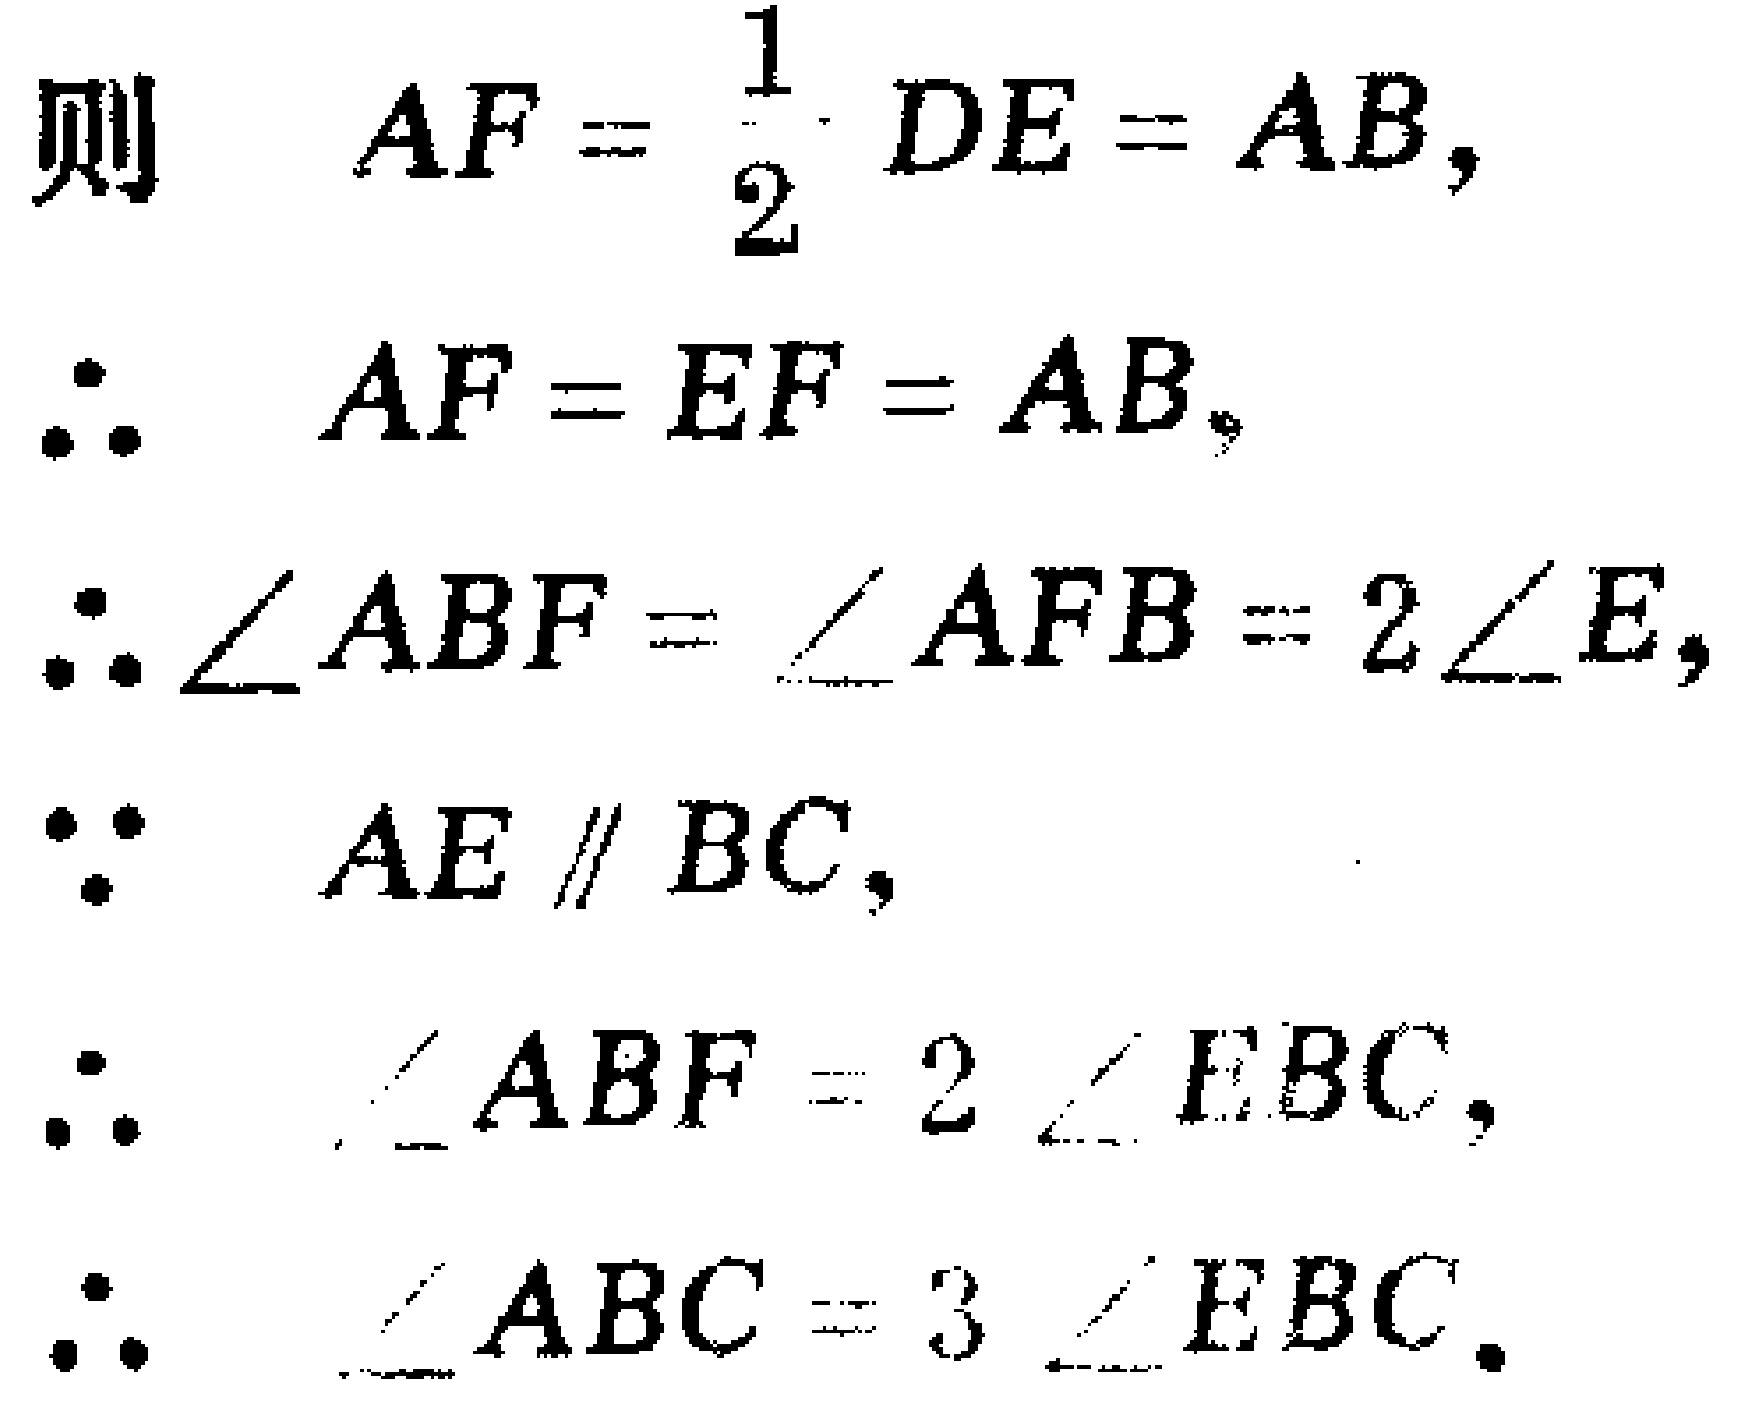
则 \[ AF = \frac{1}{2} DE = AB, \]

\[ \therefore AF = EF = AB, \]

\[ \therefore \angle ABF = \angle AFB = 2\angle E, \]

\[ \because AE \parallel BC, \]

\[ \therefore \angle ABF = 2 \angle EBC, \]

\[ \therefore \angle ABC = 3 \angle EBC. \]